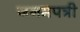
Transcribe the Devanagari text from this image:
जनमपत्री